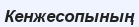
Кенжесопының